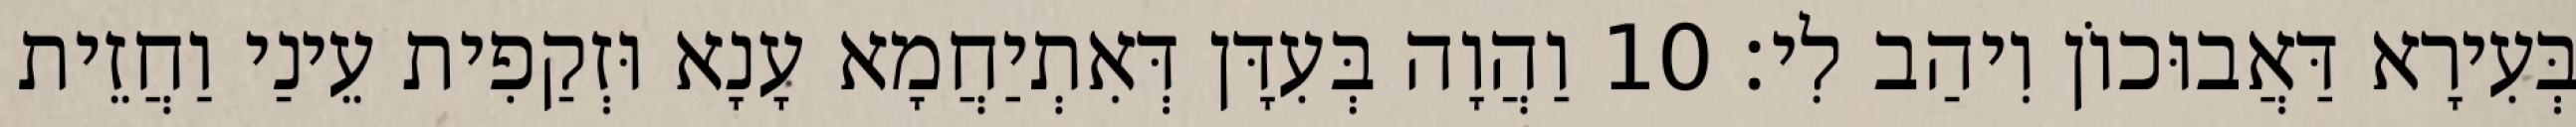
בְּעִירָא דַּאֲבוּכוֹן וִיהַב לִי׃ 10 וַהֲוָה בְּעִדָּן דְּאִתְיַחֲמָא עָנָא וּזְקַפִית עֵינַי וַחֲזֵית